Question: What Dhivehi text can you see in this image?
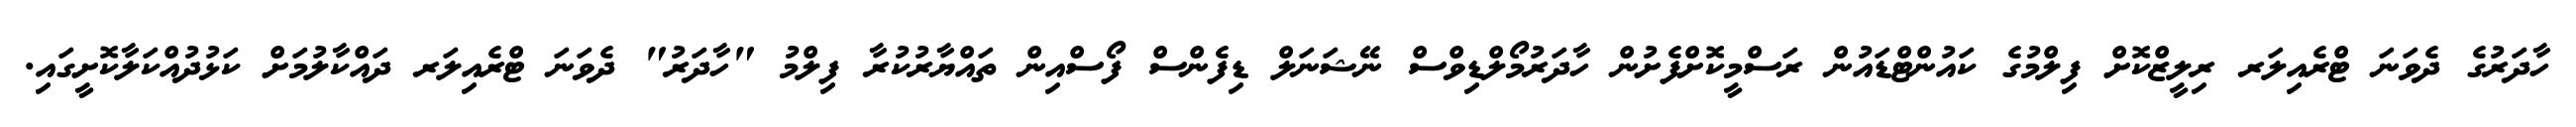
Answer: ހާދަރުގެ ދެވަނަ ޓްރެއިލަރ ރިލީޒްކޮށް ފިލްމުގެ ކައުންޓްޑައުން ރަސްމީކޮށްފެށުން ހާދަރުމޯލްޑިވްސް ނޭޝަނަލް ޑިފެންސް ފޯސްއިން ތައްޔާރުކުރާ ފިލްމު "ހާދަރު" ދެވަނަ ޓްރެއިލަރ ދައްކާލުމަށް ކަޅުދުއްކަލާކޮށީގައި.